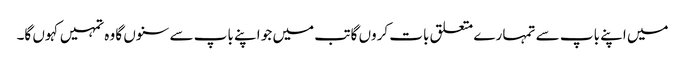
میں اپنے باپ سے تمہا رے متعلق بات کروں گا تب میں جو اپنے باپ سے سنوں گا وہ تمہیں کہوں گا۔